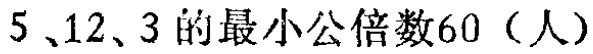
$5、12、3\ 的最小公倍数60（人）$